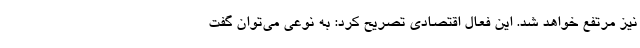
نیز مرتفع خواهد شد. این فعال اقتصادی تصریح کرد: به نوعی می‌توان گفت